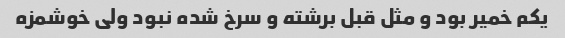
یکم خمیر بود و مثل قبل برشته و سرخ شده نبود ولی خوشمزه